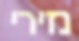
נזירי